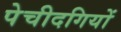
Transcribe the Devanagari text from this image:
पेचीदगियों